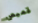
قميص